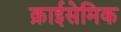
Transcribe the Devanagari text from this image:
क्राईसेमिक